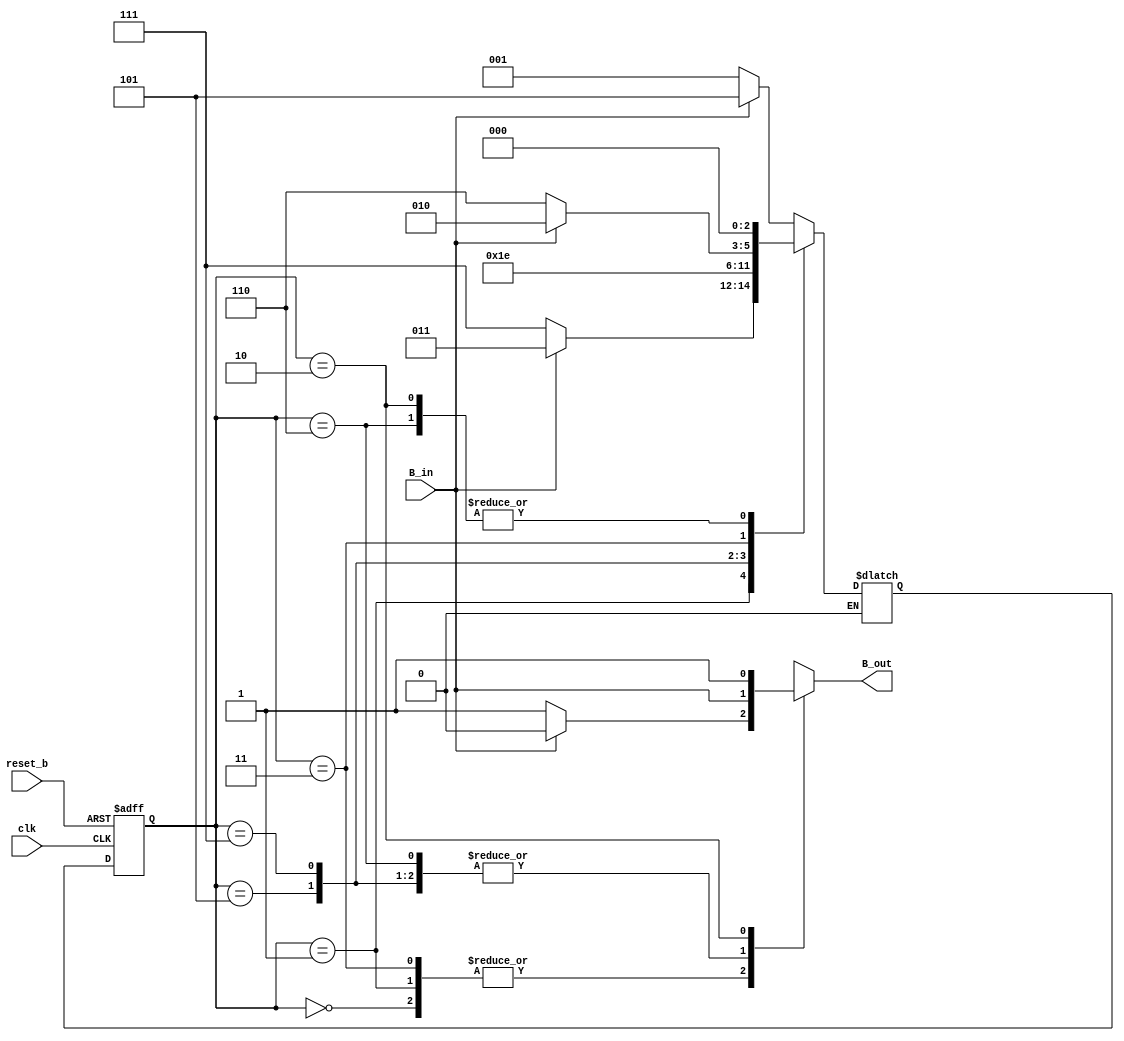
module BCD_to_Excess_3c (B_out, B_in, clk, reset_b);
  output		B_out;
  input		B_in, clk, reset_b;
  parameter 	S_0 = 3'b000, 		// State assignment
		S_1 = 3'b001, 
		S_2 = 3'b101, 
		S_3 = 3'b111,
		S_4 = 3'b011, 
		S_5 = 3'b110, 
		S_6 = 3'b010,
		dont_care_state = 3'bx,
		dont_care_out = 1'bx;

  reg	[2:0]	state, next_state;
  reg		B_out;

  always @ (posedge clk or negedge reset_b) 
    if (reset_b == 0) state <= S_0; else state <= next_state;

  always @ (state or B_in) begin
    B_out = 0;
    case (state)
      S_0:	if (B_in == 0) begin next_state = S_1; B_out = 1; end
	else if (B_in == 1) begin next_state = S_2; end

      S_1: if (B_in == 0) begin next_state = S_3; B_out = 1; end
	else if (B_in == 1) begin next_state = S_4; end

      S_2: begin next_state = S_4; B_out = B_in; end

      S_3: begin next_state = S_5; B_out = B_in; end

      S_4: if (B_in == 0) begin next_state = S_5; B_out = 1; end
	else if (B_in == 1) begin next_state = S_6; end

      S_5:	begin next_state = S_0; B_out = B_in; end

      S_6:	begin next_state = S_0; B_out = 1; end
      /*  Omitted for BCD_to_Excess_3b version
          Included for BCD_to_Excess_3c version*/
      default: begin next_state = dont_care_state; B_out = dont_care_out; end
     // */  
    endcase
  end
endmodule
module test_BCD_to_Excess_3c ();
  wire	B_out, clk;
  reg	B_in, reset_b;
  defparam M2.half_cycle = 50;

BCD_to_Excess_3c M1 (B_out, B_in, clk, reset_b);
Clock_Gen M2 (clk);

initial begin #1000 $finish; end

initial begin
#10 reset_b = 0;  #90 reset_b = 1;
end

initial begin
#0 B_in = 0;
#100 B_in = 0;
#100 B_in = 0;
#100 B_in = 1;
#100 B_in = 0;
end

endmodule